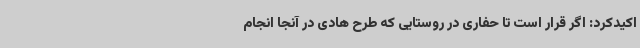
اکیدکرد: اگر قرار است تا حفاری در روستایی که طرح هادی در آنجا انجام